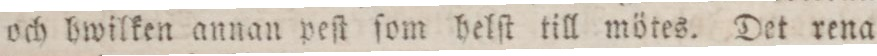
och hwilken annan peſt ſom helſt till mötes. Det rena